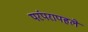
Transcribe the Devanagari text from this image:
परंपरापहले